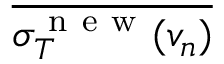
\overline { { \sigma _ { T } ^ { \mathrm { ~ n ~ e ~ w ~ } } ( v _ { n } ) } }